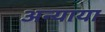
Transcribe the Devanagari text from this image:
अन्याया